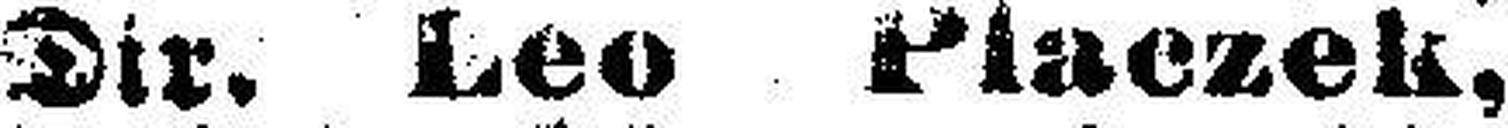
Dir. Leo Placzek,